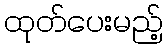
ထုတ်ပေးမည့်